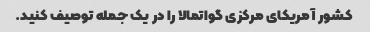
کشور آمریکای مرکزی گواتمالا را در یک جمله توصیف کنید.